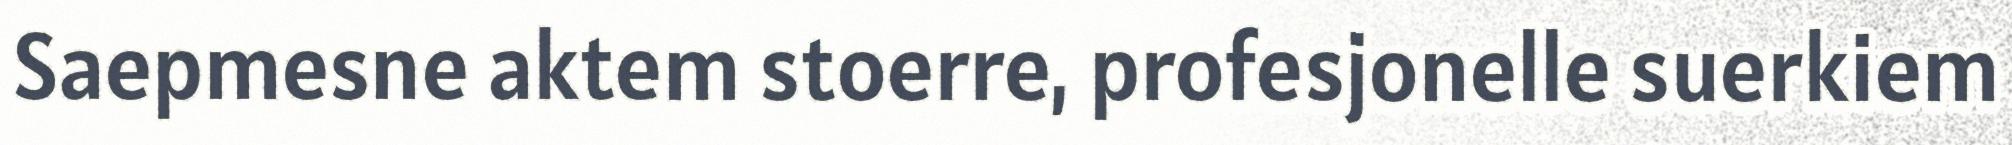
Saepmesne aktem stoerre, profesjonelle suerkiem